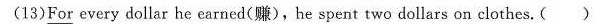
(13)For every dollar he earned(赚),he spent two dollars on clothes.( )